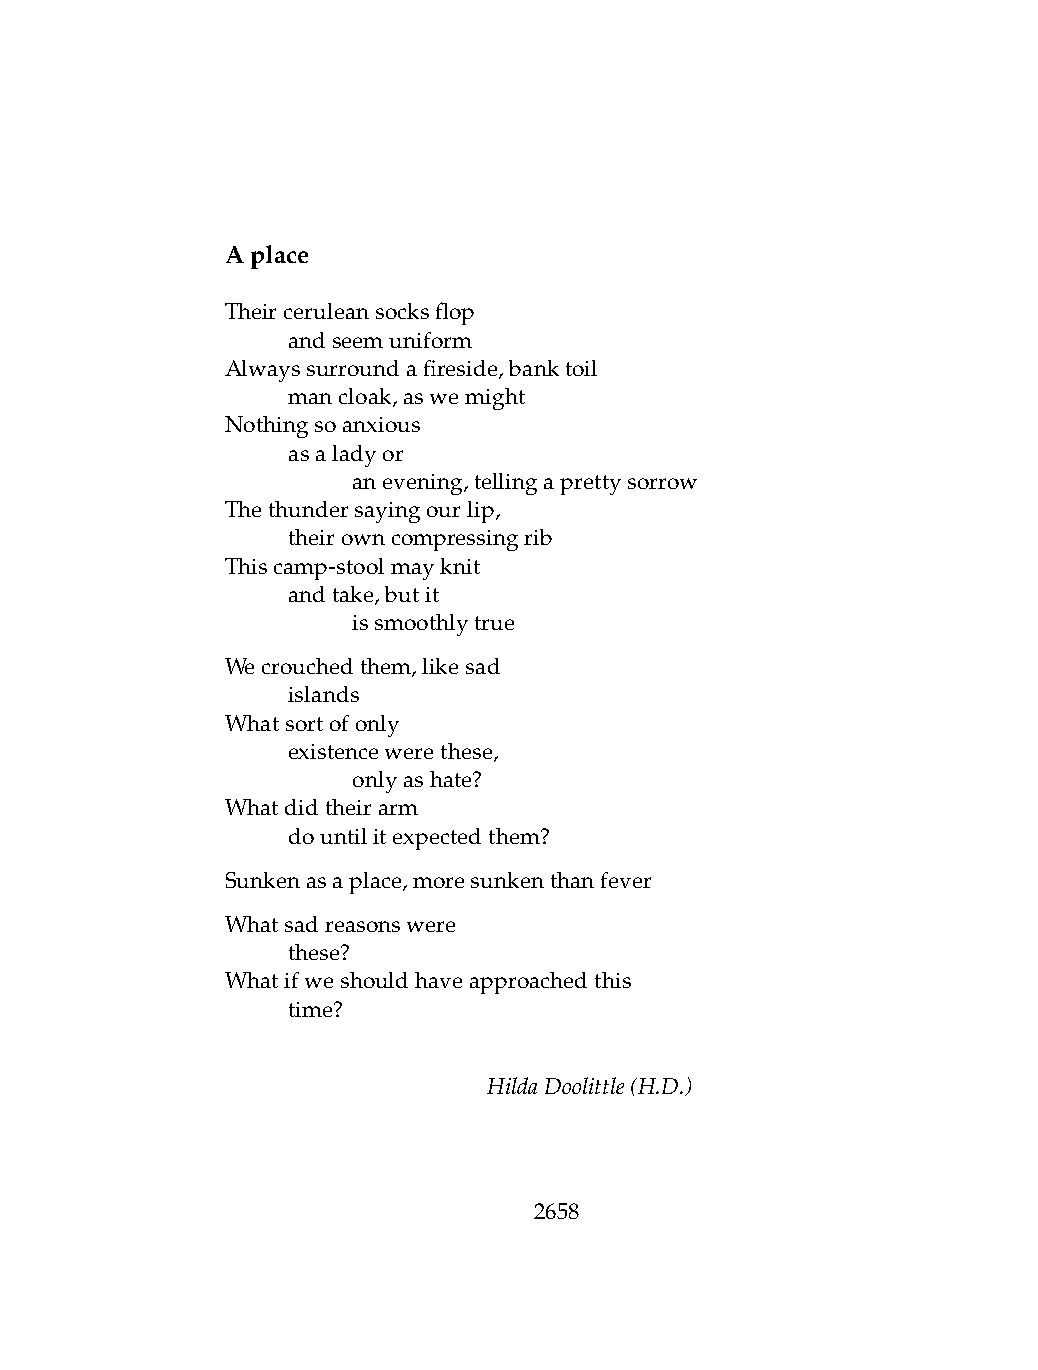
Aplace
 Theirceruleansocksflop
 .   andseemuniform
 Alwayssurroundafireside,banktoil
 .   mancloak,aswemight
 Nothingsoanxious
 .   asaladyor
 .   .   anevening,tellingaprettysorrow
 Thethundersayingourlip,
 .   theirowncompressingrib
 Thiscamp-stoolmayknit
 .   andtake,butit
 .   .   issmoothlytrue
 Wecrouchedthem,likesad
 .   islands
 Whatsortofonly
 .   existencewerethese,
 .   .   onlyashate?
 Whatdidtheirarm
 .   dountilitexpectedthem?
 Sunkenasaplace,moresunkenthanfever
 Whatsadreasonswere
 .   these?
 Whatifweshouldhaveapproachedthis
 .   time?
 HildaDoolittle(H.D.)
 2658